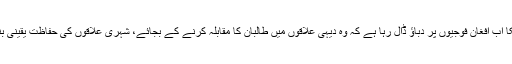
امریکا اب افغان فوجیوں پر دباؤ ڈال رہا ہے کہ وہ دیہی علاقوں میں طالبان کا مقابلہ کرنے کے بجائے، شہری علاقوں کی حفاظت یقینی بنائے۔